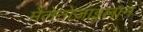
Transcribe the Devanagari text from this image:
मेलेनोजाइलान